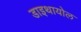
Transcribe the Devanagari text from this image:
डाइथायोल